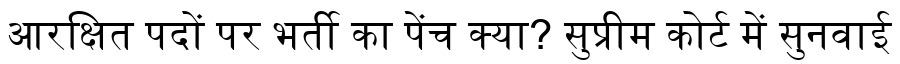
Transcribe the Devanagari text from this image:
आरक्षित पदों पर भर्ती का पेंच क्या? सुप्रीम कोर्ट में सुनवाई